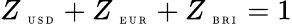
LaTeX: Z_{\mathrm{~\tiny~U~S~D~}}+Z_{\mathrm{~\tiny~E~U~R~}}+Z_{\mathrm{~\tiny~B~R~I~}}=1